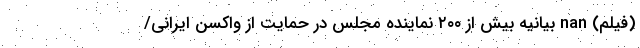
(فیلم) nan بیانیه بیش از ۲۰۰ نماینده مجلس در حمایت از واکسن ایرانی/